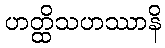
ဟတ္ထိသဟဿာနိ